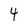
Character: 4